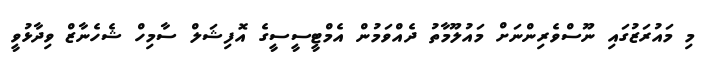
މި މައުރަޒުގައި ނޫސްވެރިންނަށް މައުލޫމާތު ދެއްވަމުން އެމްޓީސީސީގެ އޮފިޝަލް ސާމިހް ޝެހެނާޒް ވިދާޅުވީ